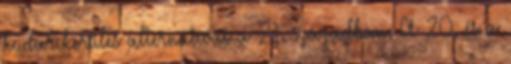
kudarckerülés alternatívái a 21. században. A 20. és a